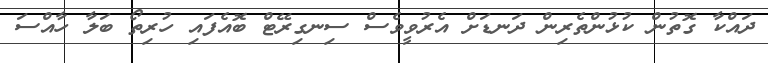
ދައްކާ ގޮތުން ކުޅުންތެރިން ދަނޑަށް އެރުވީވެސް ސިނގިރޭޓް ބޮއެފައި ހުރިތޯ ބަލާ ހާއްސަ